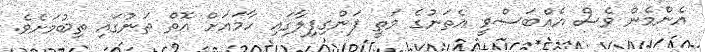
އެންމެން ވެސް އެއްބަސްވީ އެތަނުގެ މަތީ ފަންގިފިލާގައި ހާމައަށް އޮތް ތަނުގައި ތިބުމަށެވެ.